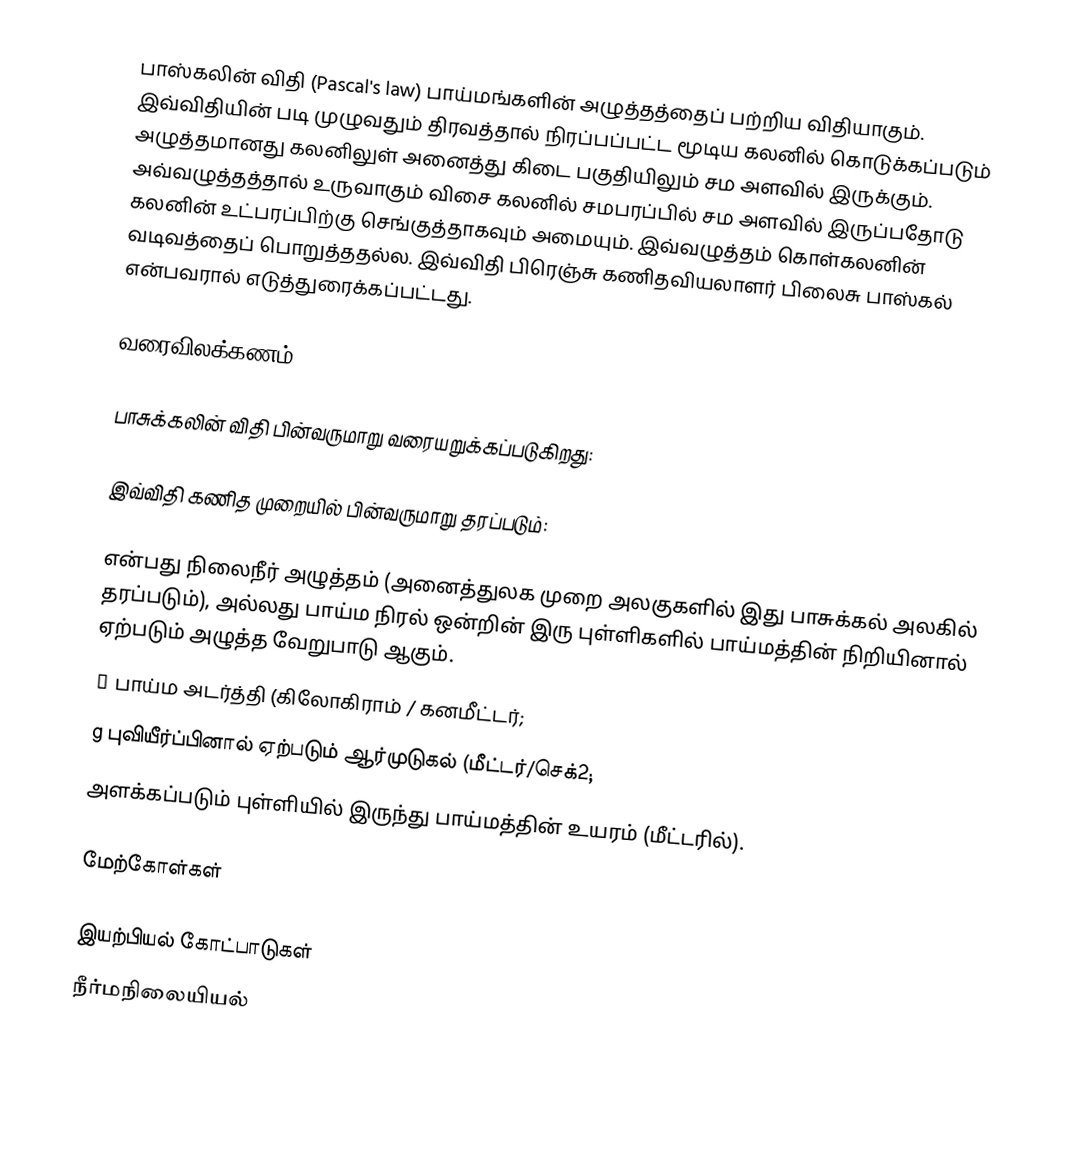
பாஸ்கலின் விதி (Pascal's law) பாய்மங்களின் அழுத்தத்தைப் பற்றிய விதியாகும். இவ்விதியின் படி முழுவதும் திரவத்தால் நிரப்பப்பட்ட மூடிய கலனில் கொடுக்கப்படும் அழுத்தமானது கலனிலுள் அனைத்து கிடை பகுதியிலும் சம அளவில் இருக்கும். அவ்வழுத்தத்தால் உருவாகும் விசை கலனில் சமபரப்பில் சம அளவில் இருப்பதோடு கலனின் உட்பரப்பிற்கு செங்குத்தாகவும் அமையும். இவ்வழுத்தம் கொள்கலனின் வடிவத்தைப் பொறுத்ததல்ல. இவ்விதி பிரெஞ்சு கணிதவியலாளர் பிலைசு பாஸ்கல் என்பவரால் எடுத்துரைக்கப்பட்டது.

வரைவிலக்கணம்

பாசுக்கலின் விதி பின்வருமாறு வரையறுக்கப்படுகிறது:

இவ்விதி கணித முறையில் பின்வருமாறு தரப்படும்:

 என்பது நிலைநீர் அழுத்தம் (அனைத்துலக முறை அலகுகளில் இது பாசுக்கல் அலகில் தரப்படும்), அல்லது பாய்ம நிரல் ஒன்றின் இரு புள்ளிகளில் பாய்மத்தின் நிறியினால் ஏற்படும் அழுத்த வேறுபாடு ஆகும்.
ρ பாய்ம அடர்த்தி (கிலோகிராம் / கனமீட்டர்;
g புவியீர்ப்பினால் ஏற்படும் ஆர்முடுகல் (மீட்டர்/செக்2;
 அளக்கப்படும் புள்ளியில் இருந்து பாய்மத்தின் உயரம் (மீட்டரில்).

மேற்கோள்கள்

இயற்பியல் கோட்பாடுகள்
நீர்மநிலையியல்